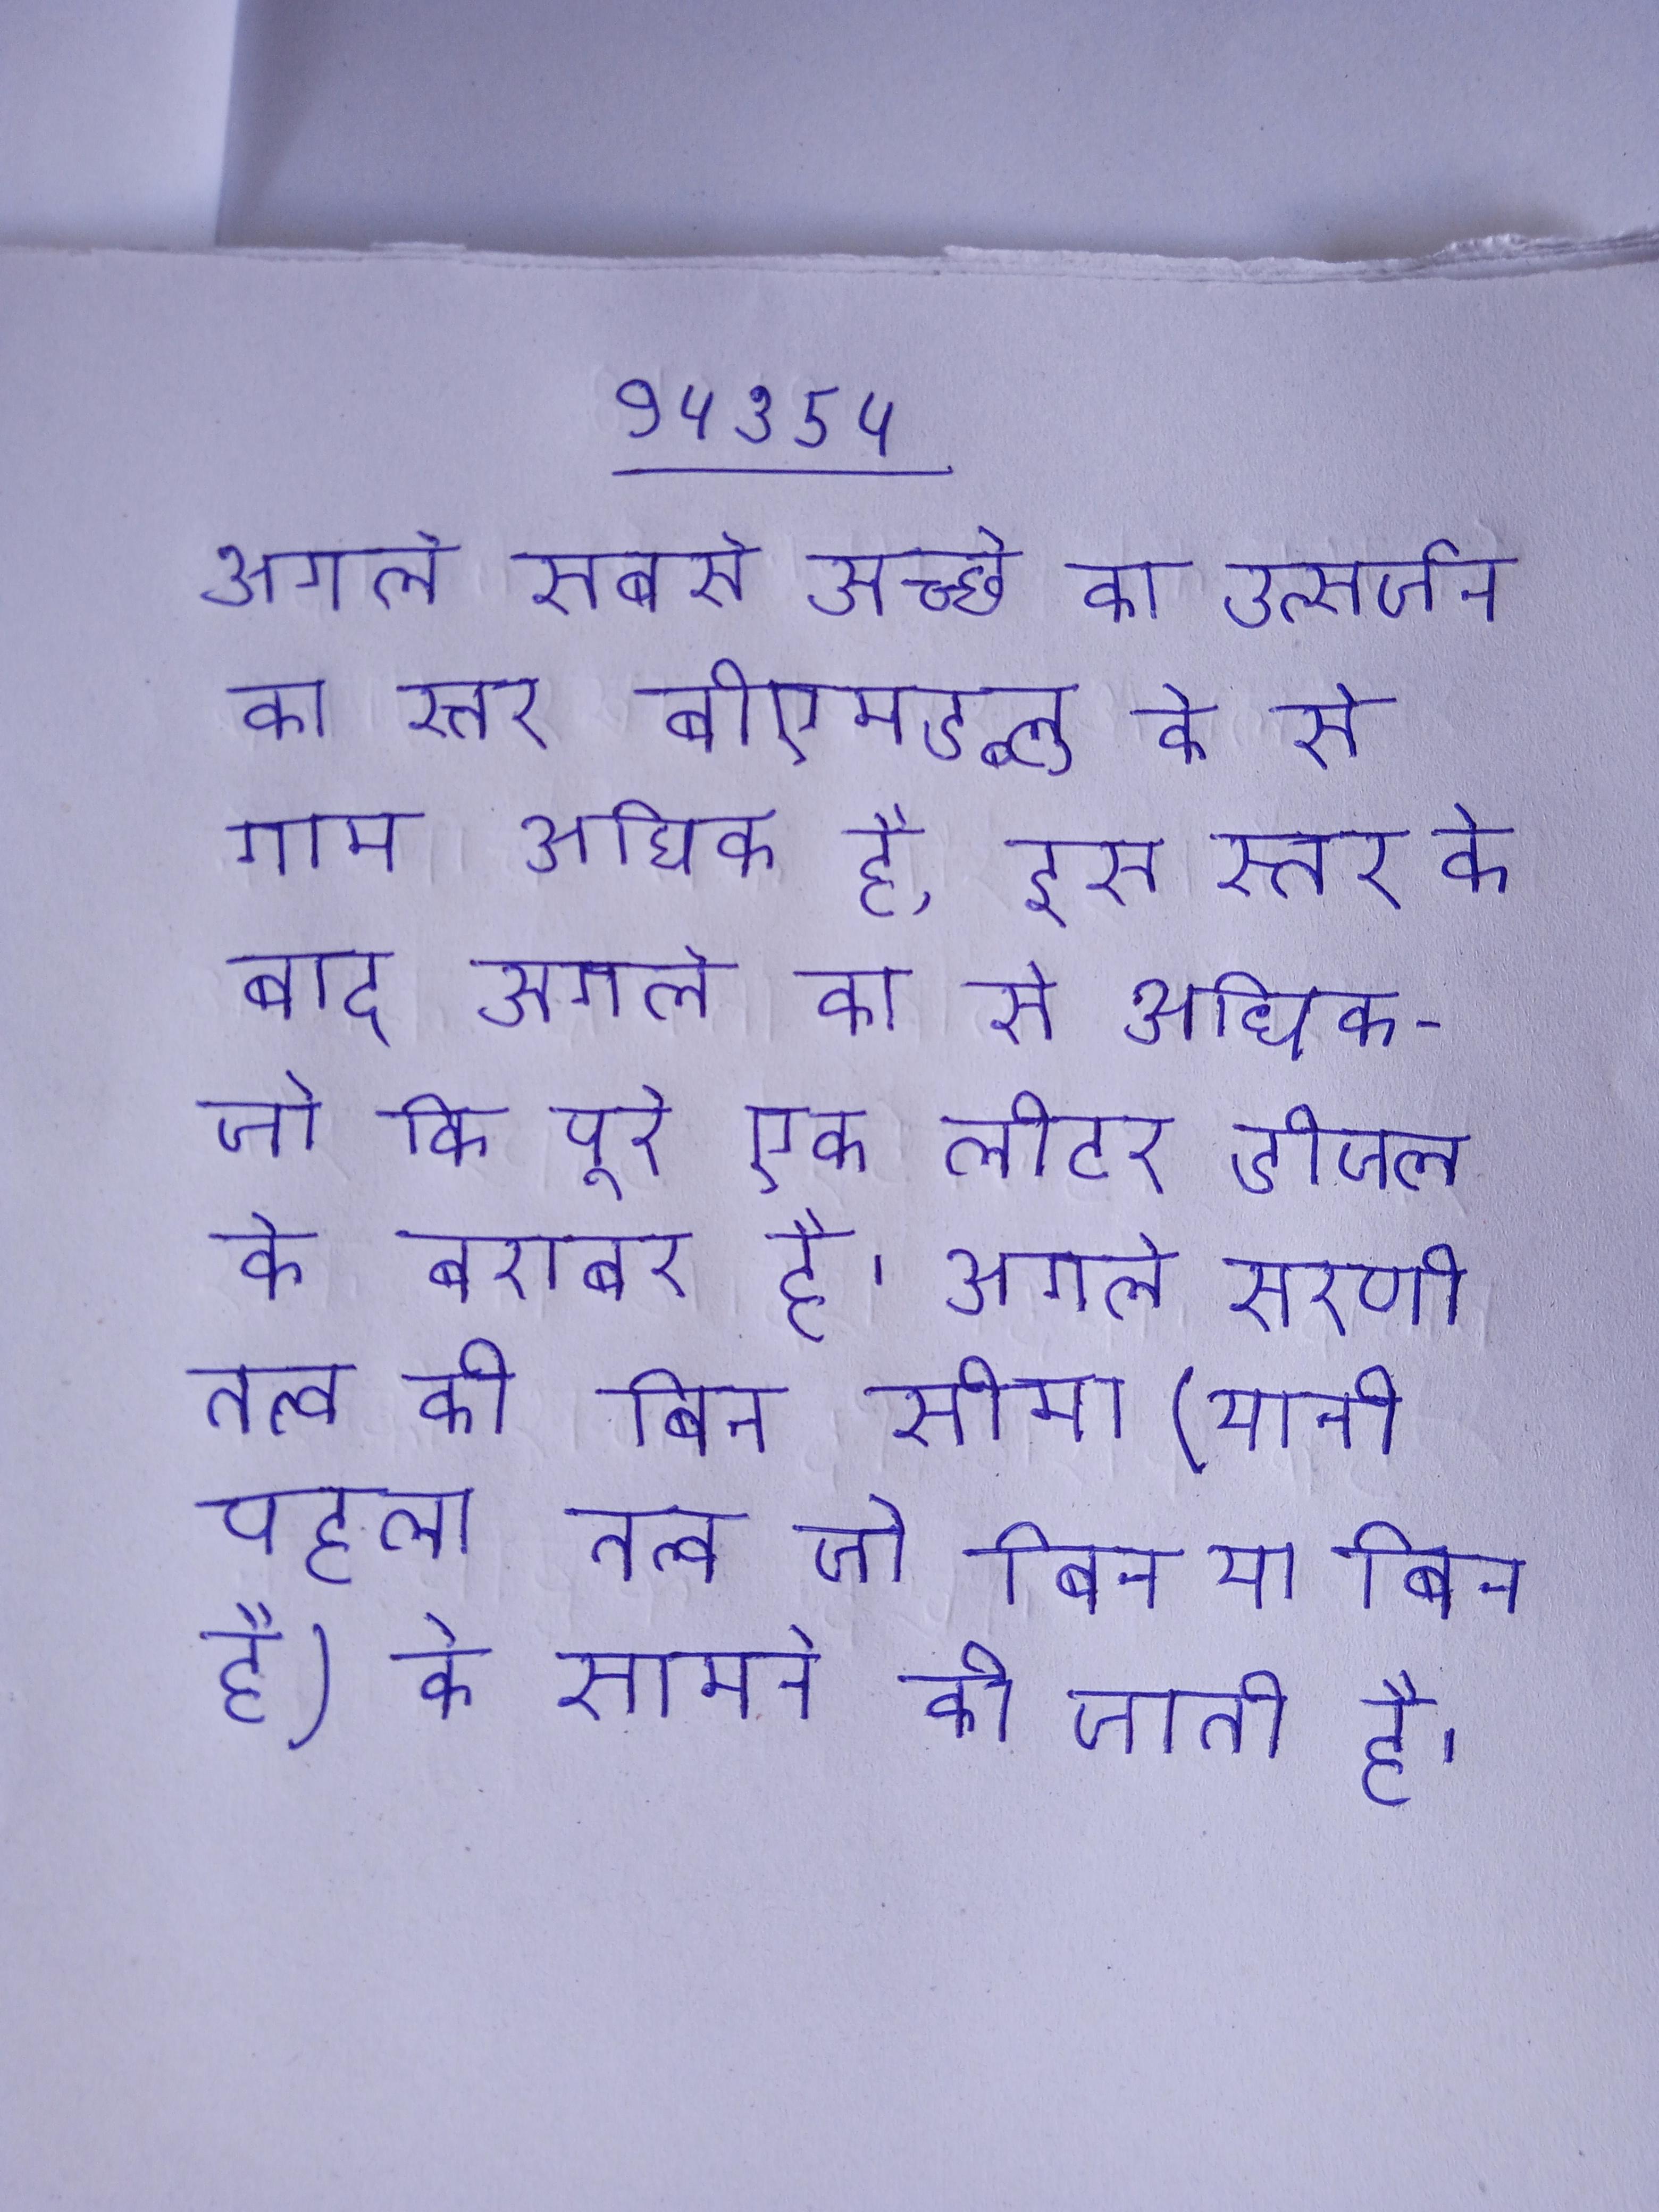
अगले सबसे अच्छे का उत्सर्जन का स्तर बीएमडब्लू के से ग्राम अधिक है, इस स्तर के बाद अगले का से अधिक - जो कि पूरे एक लीटर डीजल के बराबर है । अगले सरणी तत्व की बिन सीमा (यानी पहला तत्व जो बिन या बिन है) के सामने की जाती है ।